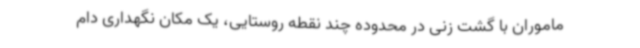
ماموران با گشت زنی در محدوده چند نقطه روستایی، یک مکان نگهداری دام